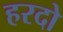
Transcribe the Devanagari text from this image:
हरदो